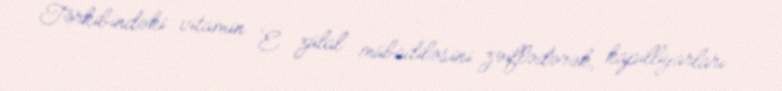
Tərkibindəki vitamin E zülal mübadiləsini zəiflədərək, kapilliyarları